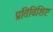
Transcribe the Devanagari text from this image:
प्रतिविशिष्ट